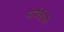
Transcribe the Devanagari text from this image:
पार्वतीशी